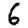
Digit: 6